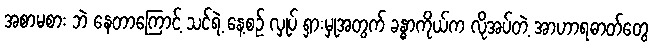
အစာမစား ဘဲ နေတာကြောင့် သင်ရဲ့ နေ့စဉ် လှုပ် ရှားမှုအတွက် ခန္ဓာကိုယ်က လိုအပ်တဲ့ အာဟာရဓာတ်တွေ